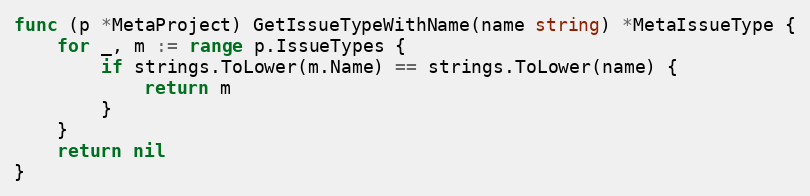
Language: Go
func (p *MetaProject) GetIssueTypeWithName(name string) *MetaIssueType {
	for _, m := range p.IssueTypes {
		if strings.ToLower(m.Name) == strings.ToLower(name) {
			return m
		}
	}
	return nil
}